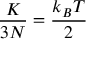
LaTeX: \displaystyle { \frac { K } { 3 N } } = { \frac { k _ { B } T } { 2 } }